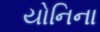
યોનિના